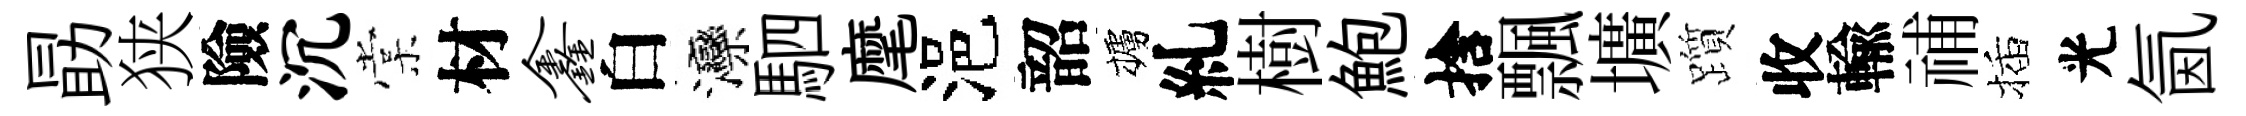
勗狭險沉棠材鑫白灤駟麾浥韶櫨糺樹鮑捨飄壙躓收輸𥙷插光氤